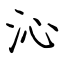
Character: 沁